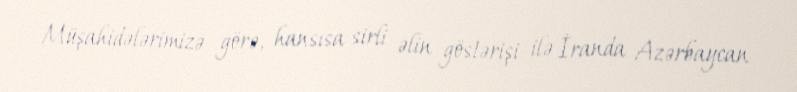
Müşahidələrimizə görə, hansısa sirli əlin göstərişi ilə İranda Azərbaycan